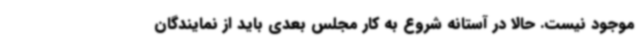
موجود نیست. حالا در آستانه شروع به کار مجلس بعدی باید از نمایندگان